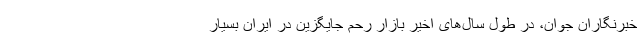
خبرنگاران جوان، در طول سال‌های اخیر بازار رحم جایگزین در ایران بسیار